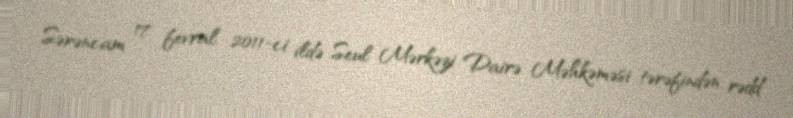
Sərəncam 17 fevral 2011-ci ildə Seul Mərkəzi Dairə Məhkəməsi tərəfindən rədd